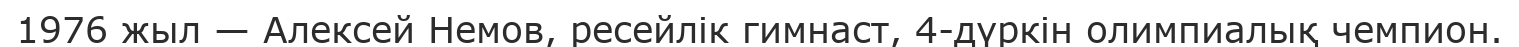
1976 жыл — Алексей Немов, ресейлік гимнаст, 4-дүркін олимпиалық чемпион.